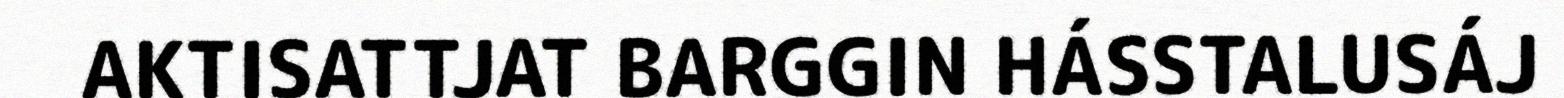
AKTISATTJAT BARGGIN HÁSSTALUSÁJ